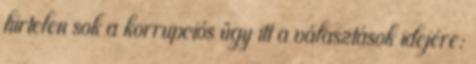
hirtelen sok a korrupciós ügy itt a választások idejére: